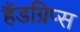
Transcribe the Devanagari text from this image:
हैंडग्रिप्स